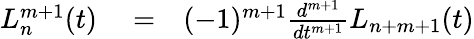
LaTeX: \begin{array}{rlr}{L_{n}^{m+1}(t)}&{{}=}&{(-1)^{m+1}\frac{d^{m+1}}{dt^{m+1}}L_{n+m+1}(t)}\end{array}